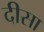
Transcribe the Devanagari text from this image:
दीसा